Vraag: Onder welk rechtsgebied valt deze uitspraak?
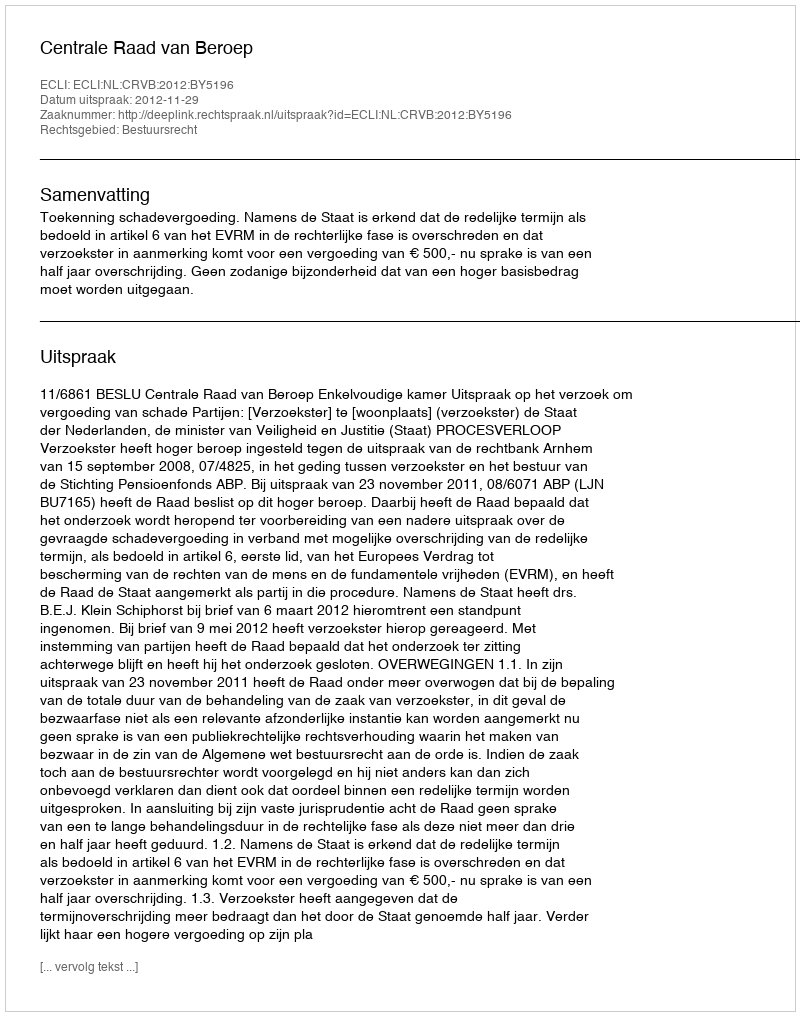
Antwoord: Bestuursrecht